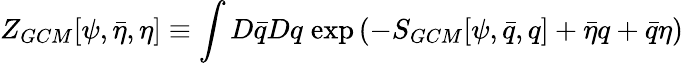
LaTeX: Z_{GCM}[\psi,\bar{\eta},\eta]\equiv\int D\bar{q}Dq\; \mathrm{exp}\left(-S_{GCM}[\psi,\bar{q},q]+\bar{\eta}q+\bar{q}\eta\right)